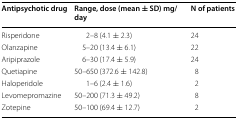
<table><thead><tr><td><b>Antipsychotic drug</b></td><td><b>Range, dose (mean ± SD) mg/day</b></td><td><b>N of patients</b></td></tr></thead><tbody><tr><td>Risperidone</td><td>2–8 (4.1 ± 2.3)</td><td>24</td></tr><tr><td>Olanzapine</td><td>5–20 (13.4 ± 6.1)</td><td>22</td></tr><tr><td>Aripiprazole</td><td>6–30 (17.4 ± 5.9)</td><td>24</td></tr><tr><td>Quetiapine</td><td>50–650 (372.6 ± 142.8)</td><td>8</td></tr><tr><td>Haloperidole</td><td>1–6 (2.4 ± 1.6)</td><td>2</td></tr><tr><td>Levomepromazine</td><td>50–200 (71.3 ± 49.2)</td><td>8</td></tr><tr><td>Zotepine</td><td>50–100 (69.4 ± 12.7)</td><td>2</td></tr></tbody></table>